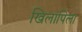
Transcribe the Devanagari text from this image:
खिलापिला